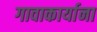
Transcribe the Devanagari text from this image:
गावाकार्याना